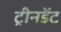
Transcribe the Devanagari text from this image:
ट्रीनडेंट